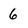
Character: 6